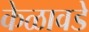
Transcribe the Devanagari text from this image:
केळावडे